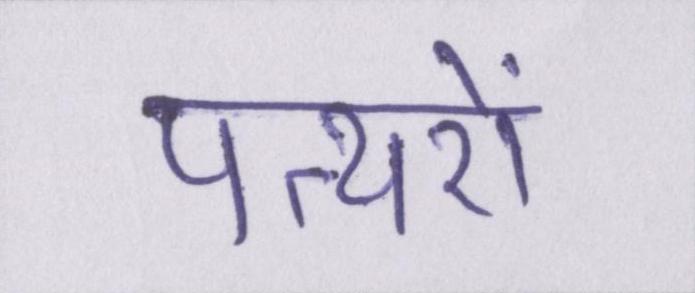
पत्थरों